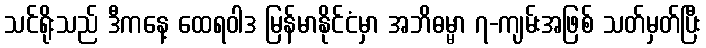
သင်ရိုးသည် ဒီကနေ့ ထေရဝါဒ မြန်မာနိုင်ငံမှာ အဘိဓမ္မာ ၇-ကျမ်းအဖြစ် သတ်မှတ်ပြီး